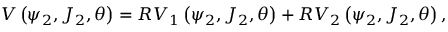
V \left( \psi _ { 2 } , J _ { 2 } , \theta \right) = R V _ { 1 } \left( \psi _ { 2 } , J _ { 2 } , \theta \right) + R V _ { 2 } \left( \psi _ { 2 } , J _ { 2 } , \theta \right) ,